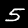
Digit: 5